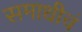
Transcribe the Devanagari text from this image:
समाधीचं